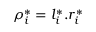
\rho _ { i } ^ { * } = l _ { i } ^ { * } . r _ { i } ^ { * }